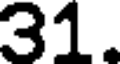
31.